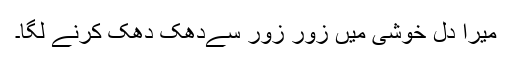
میرا دل خوشی میں زور زور سےدھک دھک کرنے لگا۔